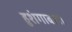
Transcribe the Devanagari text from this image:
हुशंगाबाद।